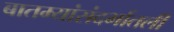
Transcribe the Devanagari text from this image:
बातम्यांसंदर्भातली